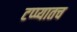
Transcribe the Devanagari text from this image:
टप्प्यातच